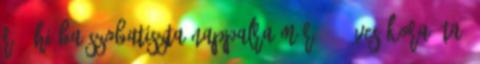
rá. Hiába szobatiszta nappalra már 2,5 éves kora óta.